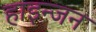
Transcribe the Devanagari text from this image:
हाइन्जन